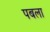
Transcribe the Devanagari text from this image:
पबला